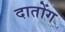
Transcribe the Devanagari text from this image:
दातोंग